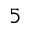
_ 5